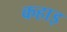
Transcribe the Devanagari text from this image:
कहाइ